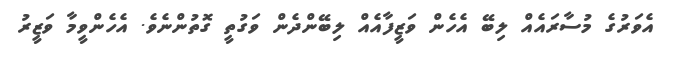
އެވަރުގެ މުސާރައެއް ލިބޭ އެހެން ވަޒީފާއެއް ލިބޭންދެން ވަގުތީ ގޮތުންނެވެ. އެހެންވީމާ ވަޒީރު